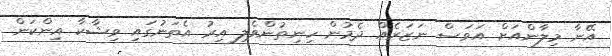
އޭނާ މިލާންއަށް އަވަސް ނަޒަރެއް ދެމުން ހިނިތުންވެލި އިރު އެތަނުގައި ވިޝާކާ އިންކަން